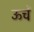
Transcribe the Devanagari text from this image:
ऊचें